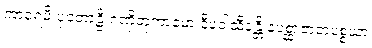
ကာရေမိ ပုတောဠိ ဂဏှိတုကာမော ဒီပဝါသီနန္တိ နပစ္ဆာဇာတပစ္စယာ